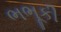
ભભૂકી